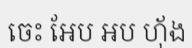
ចេះ អែប អប ហ៊័ង